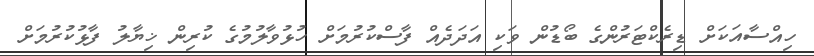
ހިއްސާއަކަށް ޑިރެކްޓަރުންގެ ބޯޑުން ވަކި އަދަދެއް ފާސްކުރުމަށް ހުޅުވާލުމުގެ ކުރިން ޚިޔާލު ފާޅުކުރުމަށް